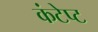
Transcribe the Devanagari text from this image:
कंटेप्ट